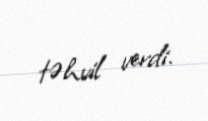
təhvil verdi.